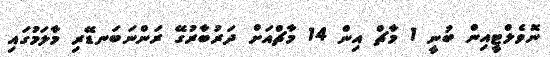
ނޮވެލްޓީއިން ބުނީ 1 މާޗް އިން 14 މާޗްއަށް ދަރުބާރުގޭ ރަންނަބަނޑޭރި މާލަމުގައި